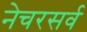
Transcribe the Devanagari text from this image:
नेचरसर्व